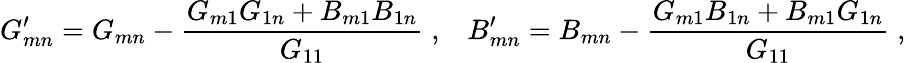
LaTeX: G_{mn}^{\prime}=G_{mn}-\frac{G_{m1}G_{1n}+B_{m1}B_{1n}}{G_{11}}\; ,\; \; \; B_{mn}^{\prime}=B_{mn}-\frac{G_{m1}B_{1n}+B_{m1}G_{1n}}{G_{11}}\; ,